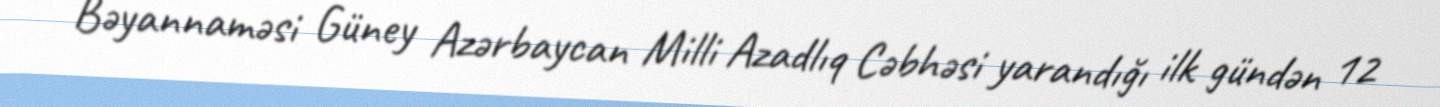
Bəyannaməsi Güney Azərbaycan Milli Azadlıq Cəbhəsi yarandığı ilk gündən 12